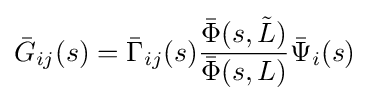
{\bar {G}}_{ij}(s)={\bar {\Gamma }}_{ij}(s){\frac {{\bar {\Phi }}(s,{\tilde {L}})}{{\bar {\Phi }}(s,L)}}{\bar {\Psi }}_{i}(s)